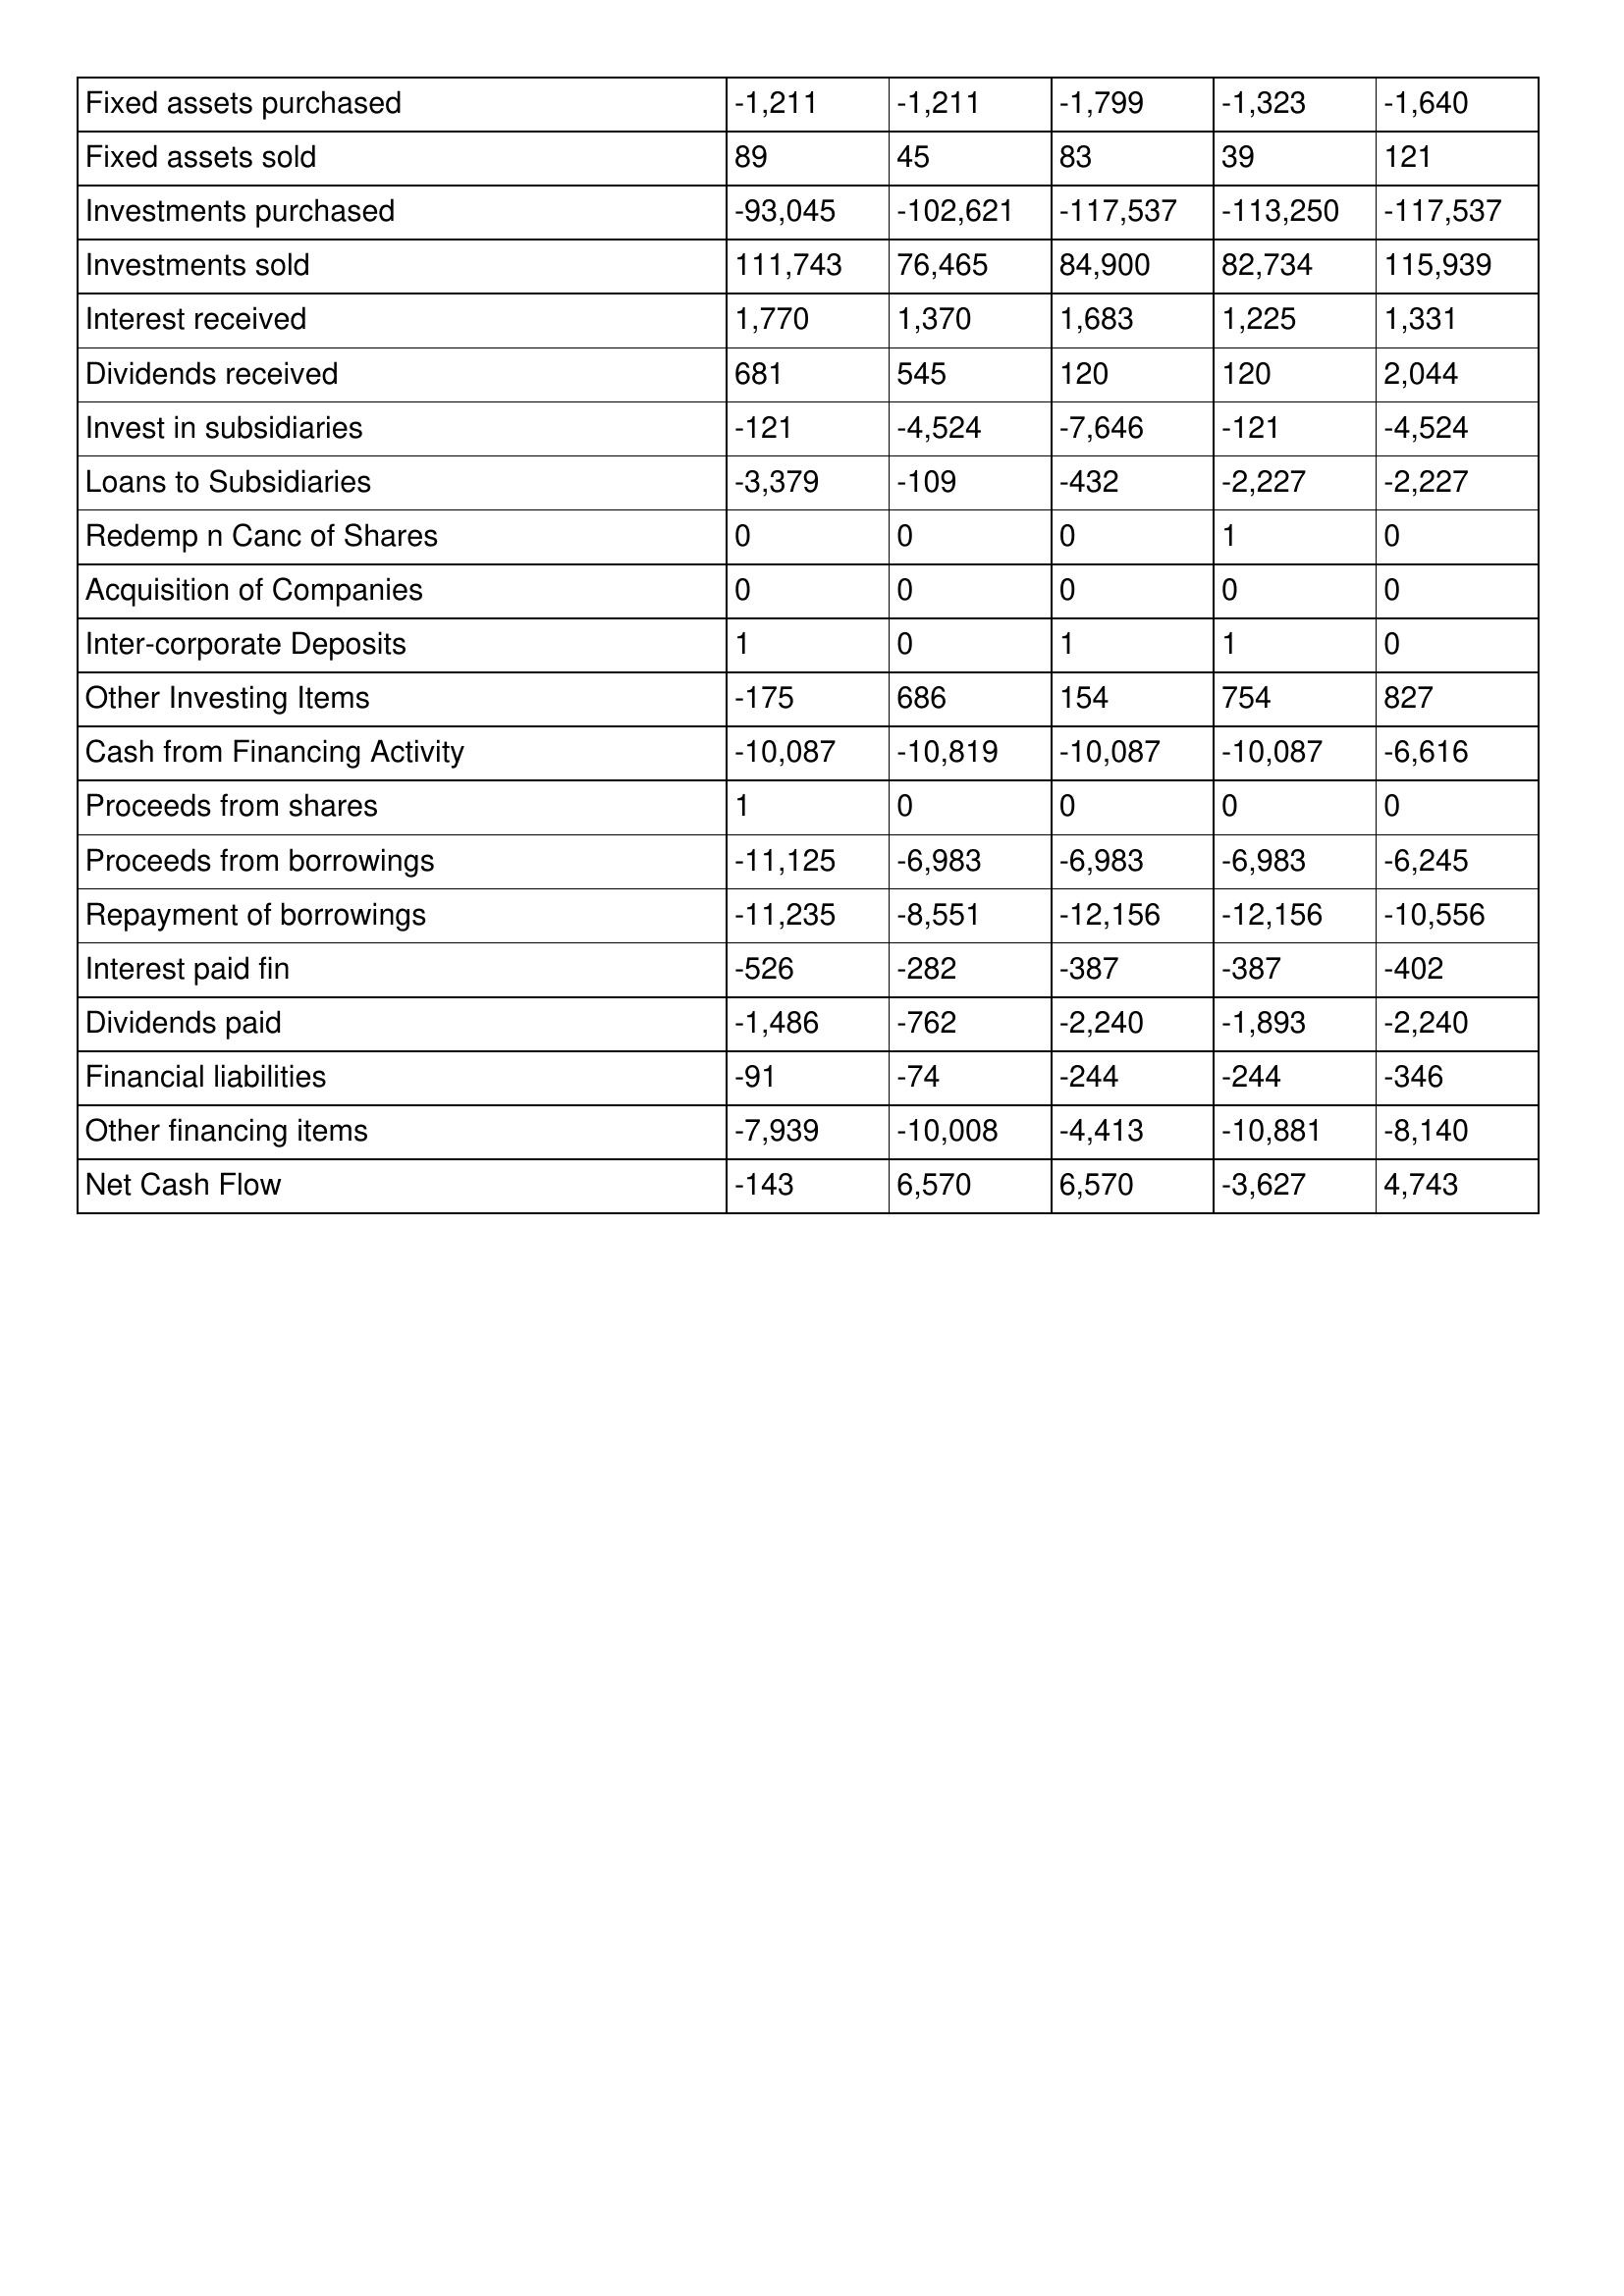
gt_parse: 1998: Cash Flows: Fixed assets purchased: -1,211
Fixed assets sold: 89
Investments purchased: -93,045
Investments sold: 111,743
Interest received: 1,770
Dividends received: 681
Invest in subsidiaries: -121
Loans to Subsidiaries: -3,379
Redemp n Canc of Shares: 0
Acquisition of Companies: 0
Inter-corporate Deposits: 1
Other Investing Items: -175
Cash from Financing Activity: -10,087
Proceeds from shares: 1
Proceeds from borrowings: -11,125
Repayment of borrowings: -11,235
Interest paid fin: -526
Dividends paid: -1,486
Financial liabilities: -91
Other financing items: -7,939
Net Cash Flow: -143
1997: Cash Flows: Fixed assets purchased: -1,211
Fixed assets sold: 45
Investments purchased: -102,621
Investments sold: 76,465
Interest received: 1,370
Dividends received: 545
Invest in subsidiaries: -4,524
Loans to Subsidiaries: -109
Redemp n Canc of Shares: 0
Acquisition of Companies: 0
Inter-corporate Deposits: 0
Other Investing Items: 686
Cash from Financing Activity: -10,819
Proceeds from shares: 0
Proceeds from borrowings: -6,983
Repayment of borrowings: -8,551
Interest paid fin: -282
Dividends paid: -762
Financial liabilities: -74
Other financing items: -10,008
Net Cash Flow: 6,570
1996: Cash Flows: Fixed assets purchased: -1,799
Fixed assets sold: 83
Investments purchased: -117,537
Investments sold: 84,900
Interest received: 1,683
Dividends received: 120
Invest in subsidiaries: -7,646
Loans to Subsidiaries: -432
Redemp n Canc of Shares: 0
Acquisition of Companies: 0
Inter-corporate Deposits: 1
Other Investing Items: 154
Cash from Financing Activity: -10,087
Proceeds from shares: 0
Proceeds from borrowings: -6,983
Repayment of borrowings: -12,156
Interest paid fin: -387
Dividends paid: -2,240
Financial liabilities: -244
Other financing items: -4,413
Net Cash Flow: 6,570
1995: Cash Flows: Fixed assets purchased: -1,323
Fixed assets sold: 39
Investments purchased: -113,250
Investments sold: 82,734
Interest received: 1,225
Dividends received: 120
Invest in subsidiaries: -121
Loans to Subsidiaries: -2,227
Redemp n Canc of Shares: 1
Acquisition of Companies: 0
Inter-corporate Deposits: 1
Other Investing Items: 754
Cash from Financing Activity: -10,087
Proceeds from shares: 0
Proceeds from borrowings: -6,983
Repayment of borrowings: -12,156
Interest paid fin: -387
Dividends paid: -1,893
Financial liabilities: -244
Other financing items: -10,881
Net Cash Flow: -3,627
1994: Cash Flows: Fixed assets purchased: -1,640
Fixed assets sold: 121
Investments purchased: -117,537
Investments sold: 115,939
Interest received: 1,331
Dividends received: 2,044
Invest in subsidiaries: -4,524
Loans to Subsidiaries: -2,227
Redemp n Canc of Shares: 0
Acquisition of Companies: 0
Inter-corporate Deposits: 0
Other Investing Items: 827
Cash from Financing Activity: -6,616
Proceeds from shares: 0
Proceeds from borrowings: -6,245
Repayment of borrowings: -10,556
Interest paid fin: -402
Dividends paid: -2,240
Financial liabilities: -346
Other financing items: -8,140
Net Cash Flow: 4,743